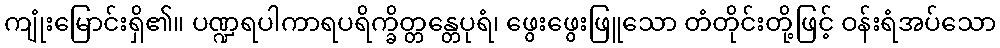
ကျုံးမြောင်းရှိ၏။ ပဏ္ဍရပါကာရပရိက္ခိတ္တန္တေပုရံ၊ ဖွေးဖွေးဖြူသော တံတိုင်းတို့ဖြင့် ဝန်းရံအပ်သော